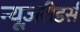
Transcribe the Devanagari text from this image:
न्यूज़रीडर्स